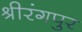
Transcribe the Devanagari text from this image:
श्रीरंगपुर